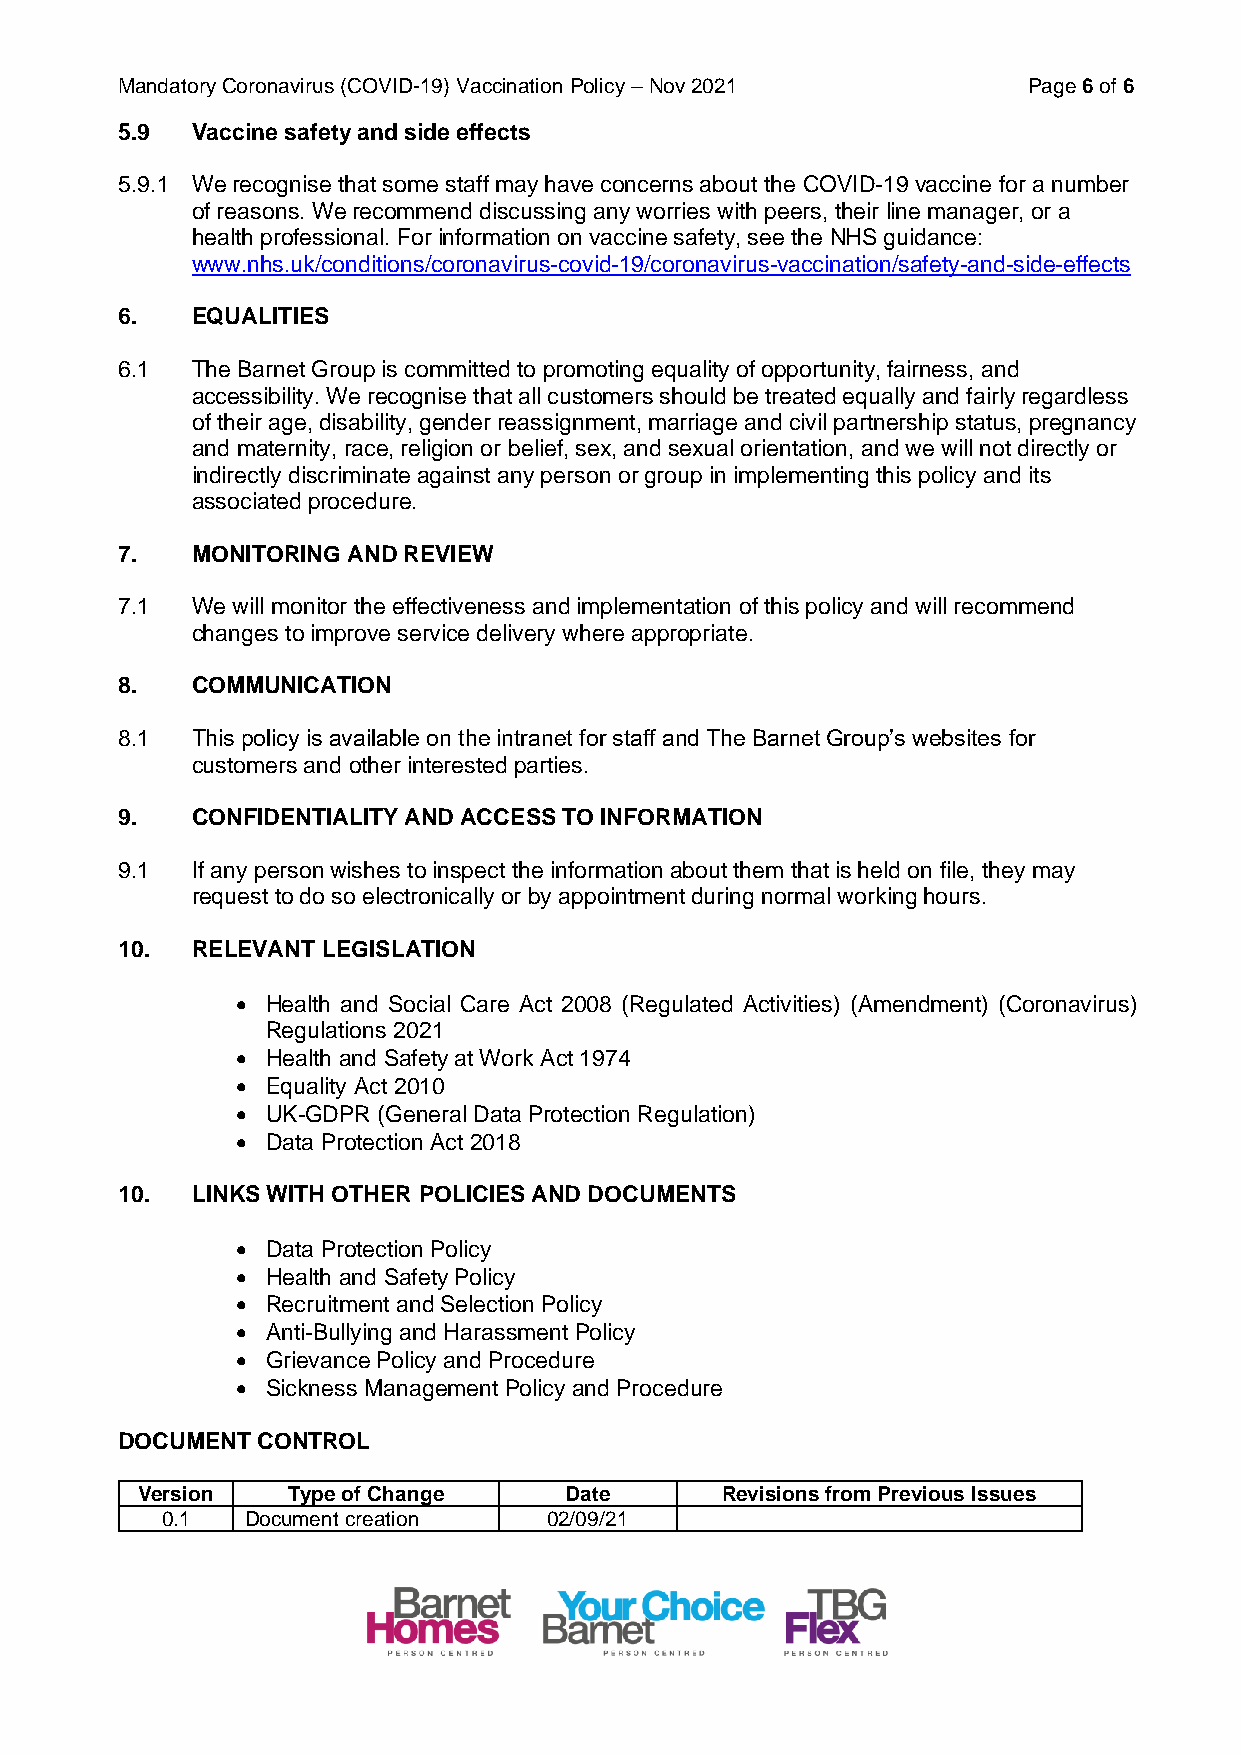
Mandatory Coronavirus (COVID-19) Vaccination Policy – Nov 2021 Page 6 of 6
 5.9  Vaccine safety and side effects
 5.9.1 We recognise that some staff may have concerns about the COVID-19 vaccine for a number
 of reasons. We recommend discussing any worries with peers, their line manager, or a
 health professional. For information on vaccine safety, see the NHS guidance:
 www.nhs.uk/conditions/coronavirus-covid-19/coronavirus-vaccination/safety-and-side-effects
 6.   EQUALITIES
 6.1  The Barnet Group is committed to promoting equality of opportunity, fairness, and
 accessibility. We recognise that all customers should be treated equally and fairly regardless
 of their age, disability, gender reassignment, marriage and civil partnership status, pregnancy
 and maternity, race, religion or belief, sex, and sexual orientation, and we will not directly or
 indirectly discriminate against any person or group in implementing this policy and its
 associated procedure.
 7.   MONITORING AND REVIEW
 7.1  We will monitor the effectiveness and implementation of this policy and will recommend
 changes to improve service delivery where appropriate.
 8.   COMMUNICATION
 8.1  This policy is available on the intranet for staff and The Barnet Group’s websites for
 customers and other interested parties.
 9.   CONFIDENTIALITY AND ACCESS TO INFORMATION
 9.1  If any person wishes to inspect the information about them that is held on file, they may
 request to do so electronically or by appointment during normal working hours.
 10.  RELEVANT LEGISLATION
 • Health and Social Care Act 2008 (Regulated Activities) (Amendment) (Coronavirus)
 Regulations 2021
 • Health and Safety at Work Act 1974
 • Equality Act 2010
 • UK-GDPR (General Data Protection Regulation)
 • Data Protection Act 2018
 10.  LINKS WITH OTHER POLICIES AND DOCUMENTS
 • Data Protection Policy
 • Health and Safety Policy
 • Recruitment and Selection Policy
 • Anti-Bullying and Harassment Policy
 • Grievance Policy and Procedure
 • Sickness Management Policy and Procedure
 DOCUMENT CONTROL
 Version   Type of Change    Date       Revisions from Previous Issues
 0.1  Document creation   02/09/21